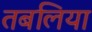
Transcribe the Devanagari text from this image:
तबलिया